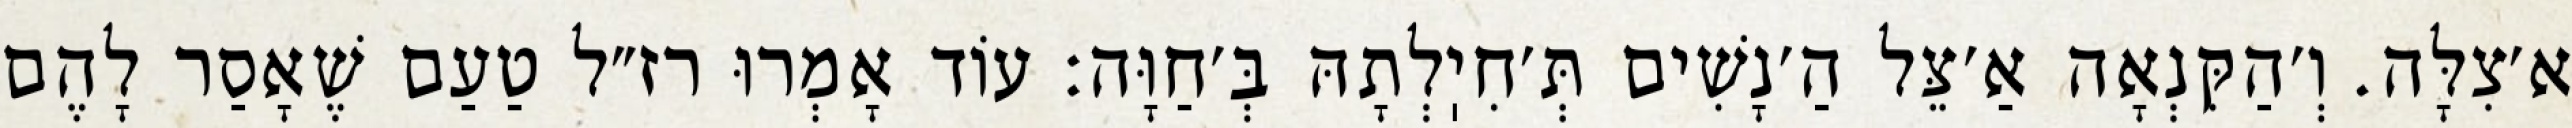
א׳צִלָּה. וְ׳הַקִּנְאָה אַ׳צֵּל הַ׳נָשִׁים תְּ׳חִיֽלְתָהּ בְּ׳חַוָּה: עוֹד אָמְרוּ רז״ל טַעַם שֶׁאָסַר לָהֶם